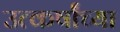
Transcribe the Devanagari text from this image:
उत्कर्षांच्या